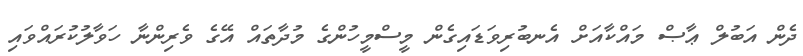
ދެން އަބުލް ޢާޞް މައްކާއަށް އެނބުރިވަޑައިގެން މީސްމީހުންގެ މުދާތައް އޭގެ ވެރިންނާ ހަވާލުކުރައްވައި